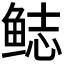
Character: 鿵